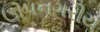
ઊપનગરીય